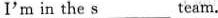
I'm in the